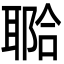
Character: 鿢